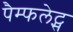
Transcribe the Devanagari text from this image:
पैम्फलेट्स